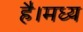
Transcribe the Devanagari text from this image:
है।मध्य